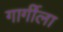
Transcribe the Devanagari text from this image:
गार्गीला